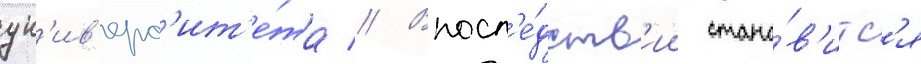
ун'ив'ерс'ит'е́та // Впосл'е́дств'ии стано́в'итс'я